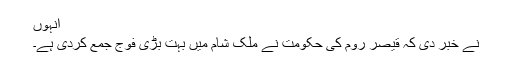
انہوں
نے خبر دی کہ قیصر روم کی حکومت نے ملک ِشام میں بہت بڑی فوج جمع کردی ہے۔